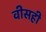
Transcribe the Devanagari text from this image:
वीसही